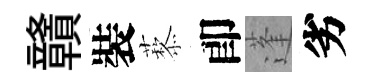
贛裝藜卽蓬劣